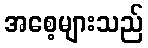
အစေ့များသည်